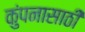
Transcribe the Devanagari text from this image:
कुंपनासाठी